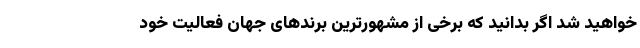
خواهید شد اگر بدانید که برخی از مشهورترین برندهای جهان فعالیت خود